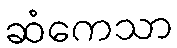
ဆံကေသာ